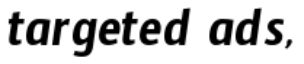
targeted ads,